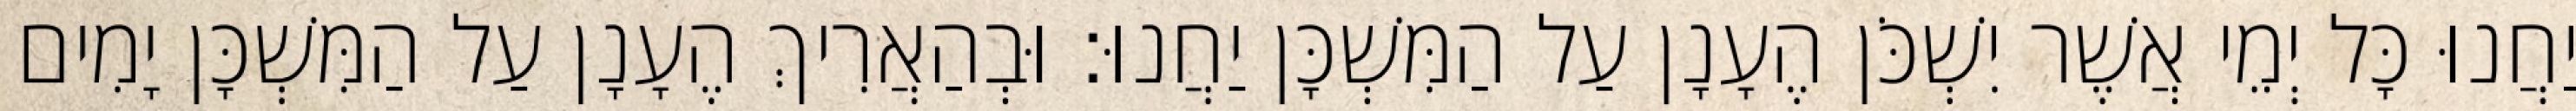
יַחֲנוּ כָּל יְמֵי אֲשֶׁר יִשְׁכֹּן הֶעָנָן עַל הַמִּשְׁכָּן יַחֲנוּ׃ וּבְהַאֲרִיךְ הֶעָנָן עַל הַמִּשְׁכָּן יָמִים